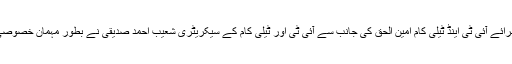
وفاقی وزیر برائے آئی ٹی اینڈ ٹیلی کام امین الحق کی جانب سے آئی ٹی اور ٹیلی کام کے سیکریٹری شعیب احمد صدیقی نے بطور مہمان خصوصی شرکت کی۔